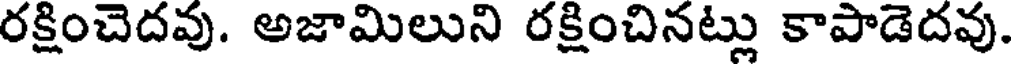
రక్షించెదవు. అజామిలుని రక్షించినట్లు కాపాడెదవు.